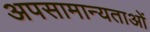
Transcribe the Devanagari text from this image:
अपसामान्यताओं